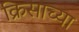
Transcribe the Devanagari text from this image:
क्रिसाच्या